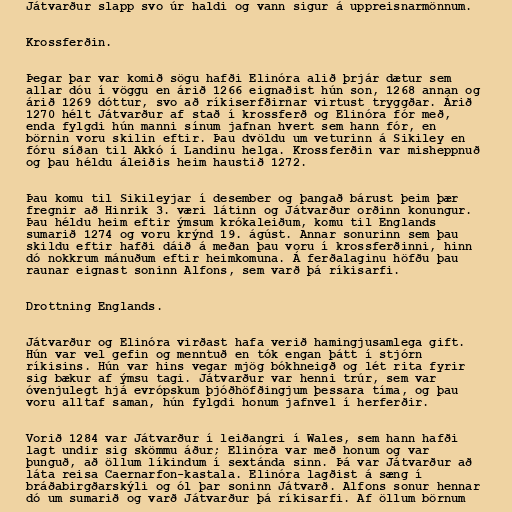
Játvarður slapp svo úr haldi og vann sigur á uppreisnarmönnum.

Krossferðin.

Þegar þar var komið sögu hafði Elinóra alið þrjár dætur sem
allar dóu í vöggu en árið 1266 eignaðist hún son, 1268 annan og
árið 1269 dóttur, svo að ríkiserfðirnar virtust tryggðar. Árið
1270 hélt Játvarður af stað í krossferð og Elinóra fór með,
enda fylgdi hún manni sínum jafnan hvert sem hann fór, en
börnin voru skilin eftir. Þau dvöldu um veturinn á Sikiley en
fóru síðan til Akkó í Landinu helga. Krossferðin var misheppnuð
og þau héldu áleiðis heim haustið 1272.

Þau komu til Sikileyjar í desember og þangað bárust þeim þær
fregnir að Hinrik 3. væri látinn og Játvarður orðinn konungur.
Þau héldu heim eftir ýmsum krókaleiðum, komu til Englands
sumarið 1274 og voru krýnd 19. ágúst. Annar sonurinn sem þau
skildu eftir hafði dáið á meðan þau voru í krossferðinni, hinn
dó nokkrum mánuðum eftir heimkomuna. Á ferðalaginu höfðu þau
raunar eignast soninn Alfons, sem varð þá ríkisarfi.

Drottning Englands.

Játvarður og Elinóra virðast hafa verið hamingjusamlega gift.
Hún var vel gefin og menntuð en tók engan þátt í stjórn
ríkisins. Hún var hins vegar mjög bókhneigð og lét rita fyrir
sig bækur af ýmsu tagi. Játvarður var henni trúr, sem var
óvenjulegt hjá evrópskum þjóðhöfðingjum þessara tíma, og þau
voru alltaf saman, hún fylgdi honum jafnvel í herferðir.

Vorið 1284 var Játvarður í leiðangri í Wales, sem hann hafði
lagt undir sig skömmu áður; Elinóra var með honum og var
þunguð, að öllum líkindum í sextánda sinn. Þá var Játvarður að
láta reisa Caernarfon-kastala. Elinóra lagðist á sæng í
bráðabirgðarskýli og ól þar soninn Játvarð. Alfons sonur hennar
dó um sumarið og varð Játvarður þá ríkisarfi. Af öllum börnum